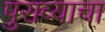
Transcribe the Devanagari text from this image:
पुराव्याचा